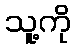
သူ့ကို